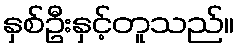
နှစ်ဦးနှင့်တူသည်။